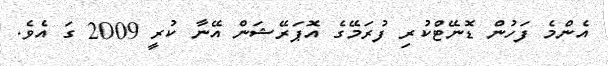
އެންމެ ފަހުން ޑޮނޭޓްކުރި ފުރަމޭގެ އޮޕަރޭޝަން އޭނާ ކުރީ 2009 ގަ އެވެ.